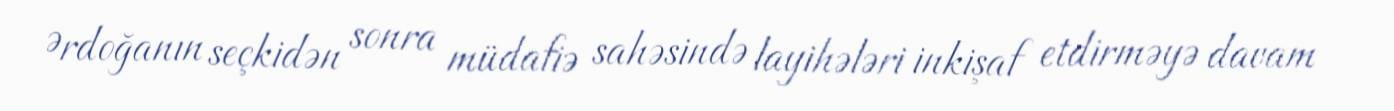
Ərdoğanın seçkidən sonra müdafiə sahəsində layihələri inkişaf etdirməyə davam